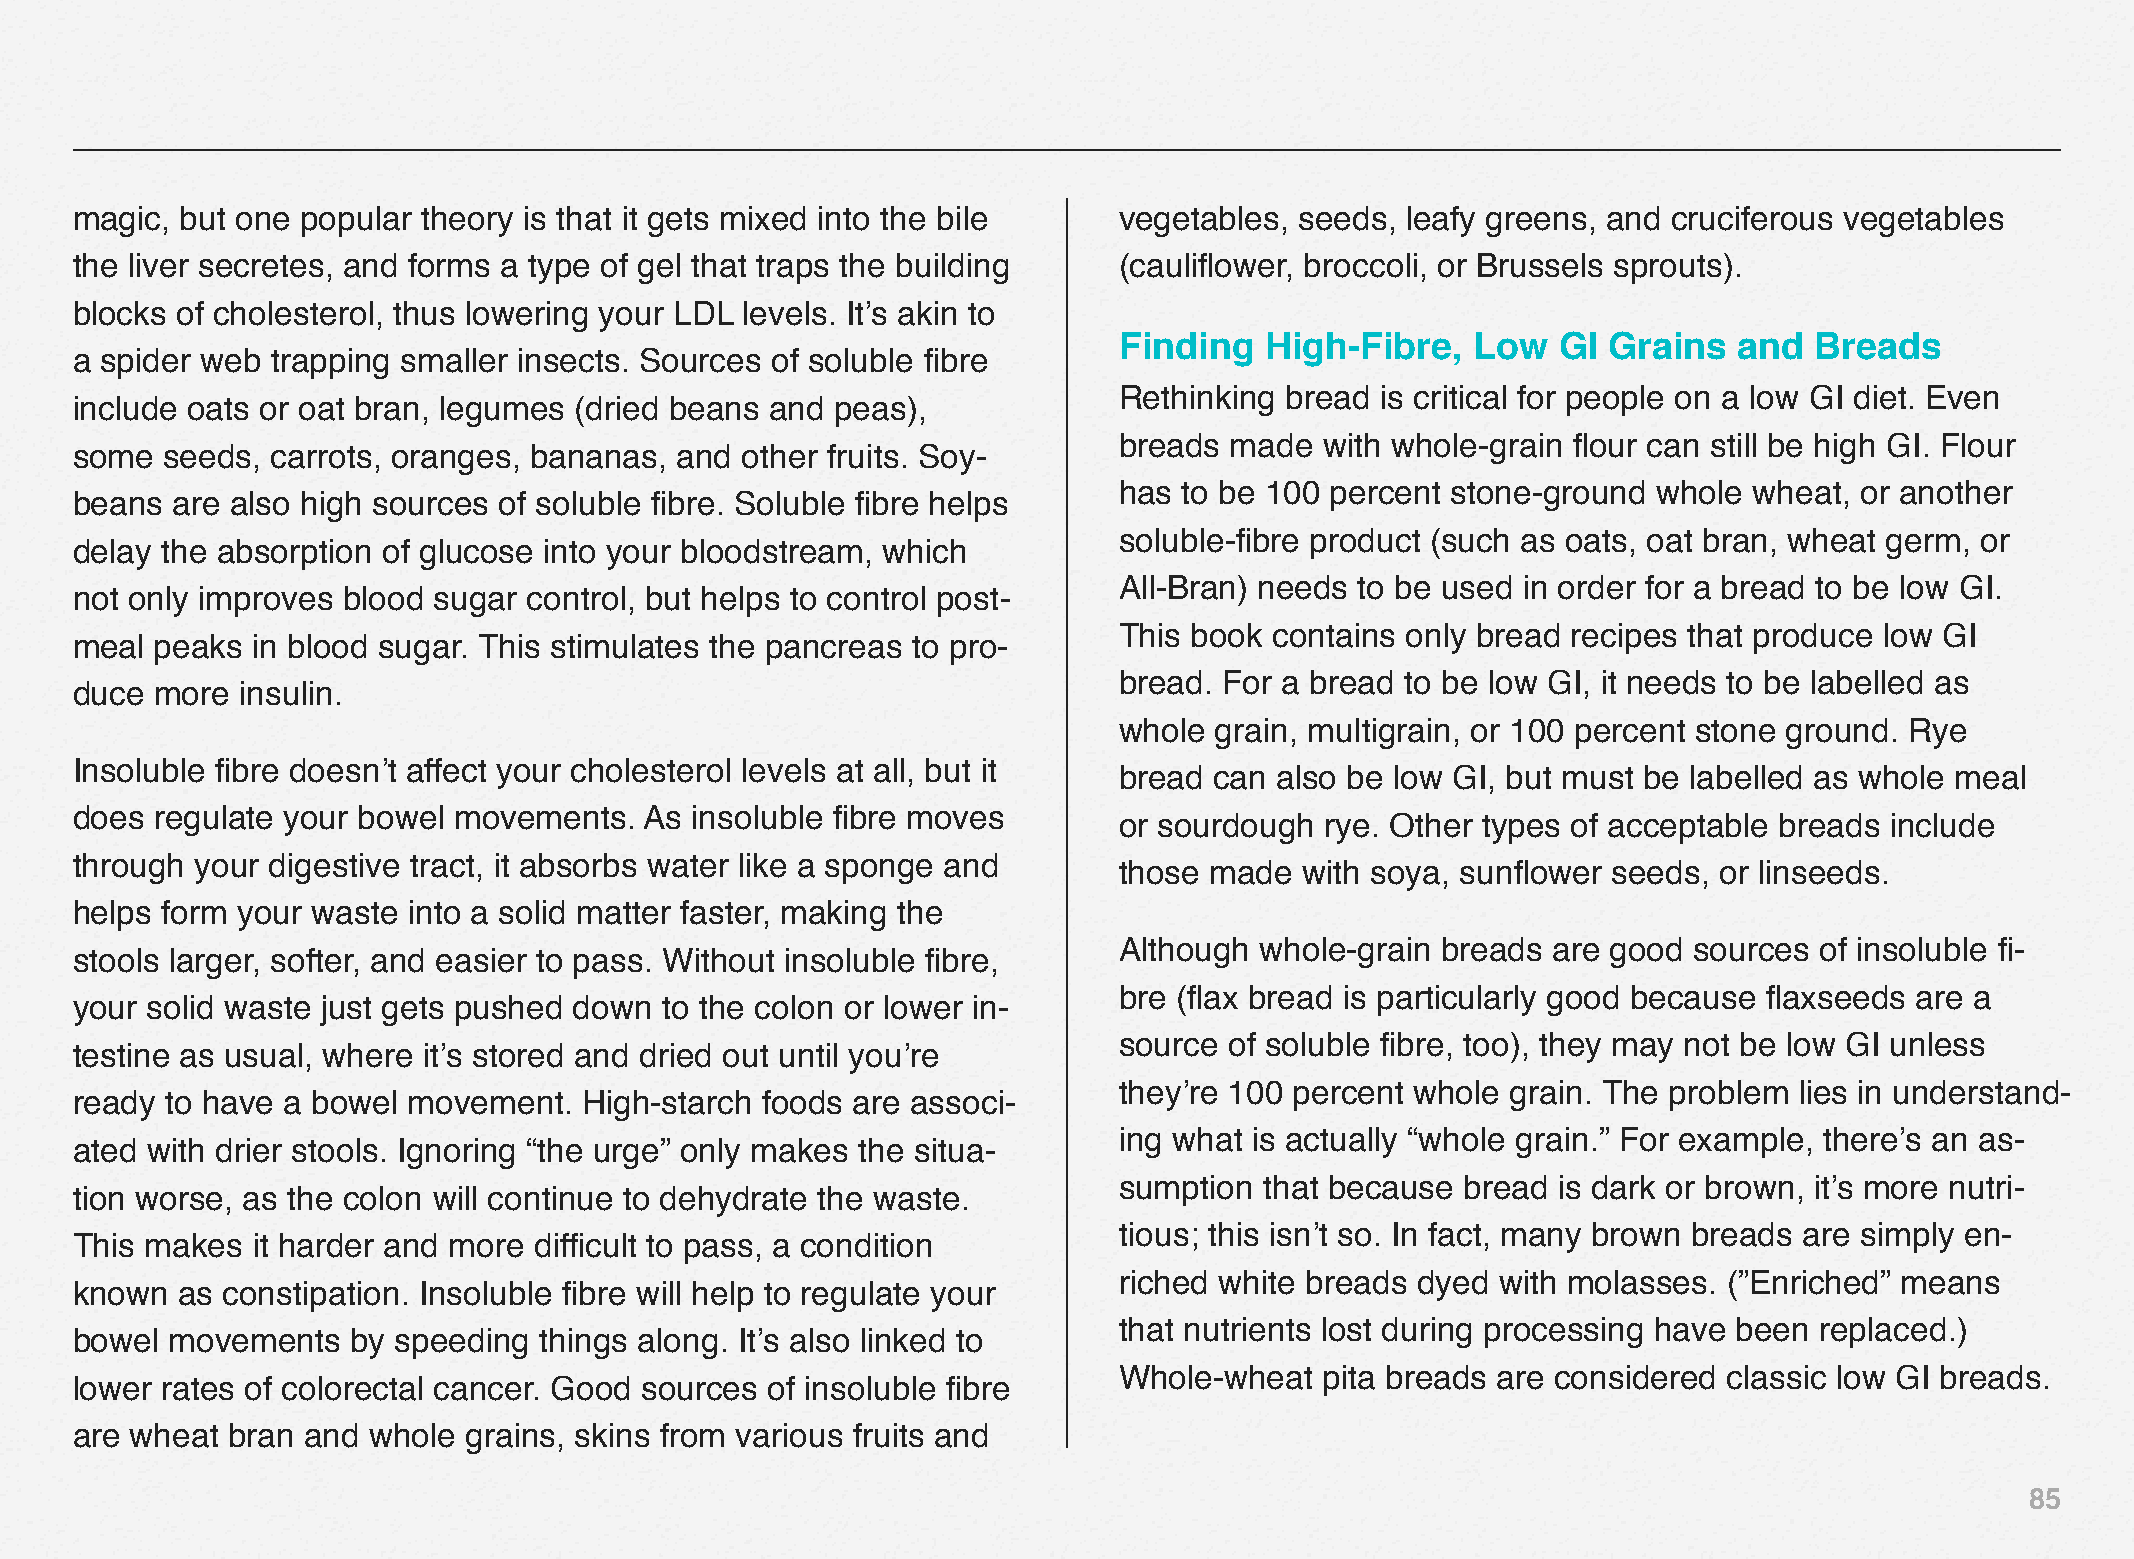
magic, but one popular theory is that it gets mixed into the bile    vegetables, seeds, leafy greens, and cruciferous vegetables
 the liver secretes, and forms a type of gel that traps the building  (cauliflower, broccoli, or Brussels sprouts).
 blocks of cholesterol, thus lowering your LDL levels. It’s akin to
 Finding   High-Fibre,   Low  GI Grains   and  Breads
 a spider web trapping smaller insects. Sources of soluble fibre
 Rethinking bread is critical for people on a low GI diet. Even
 include oats or oat bran, legumes (dried beans and peas),
 breads made   with whole-grain flour can still be high GI. Flour
 some  seeds, carrots, oranges, bananas, and other fruits. Soy-
 has to be 100 percent stone-ground  whole wheat, or another
 beans are also high sources of soluble fibre. Soluble fibre helps
 soluble-fibre product (such as oats, oat bran, wheat germ, or
 delay the absorption of glucose into your bloodstream, which
 All-Bran) needs to be used in order for a bread to be low GI.
 not only improves blood sugar control, but helps to control post-
 This book contains only bread recipes that produce low GI
 meal peaks  in blood sugar. This stimulates the pancreas to pro-
 bread. For a bread to be low GI, it needs to be labelled as
 duce more  insulin.
 whole grain, multigrain, or 100 percent stone ground. Rye
 Insoluble fibre doesn’t affect your cholesterol levels at all, but it
 bread can also be low GI, but must be labelled as whole meal
 does regulate your bowel movements.   As insoluble fibre moves
 or sourdough  rye. Other types of acceptable breads include
 through your digestive tract, it absorbs water like a sponge and
 those made  with soya, sunflower seeds, or linseeds.
 helps form your waste into a solid matter faster, making the
 Although whole-grain breads  are good sources of insoluble fi-
 stools larger, softer, and easier to pass. Without insoluble fibre,
 bre (flax bread is particularly good because flaxseeds are a
 your solid waste just gets pushed down to the colon or lower in-
 source of soluble fibre, too), they may not be low GI unless
 testine as usual, where it’s stored and dried out until you’re
 they’re 100 percent whole grain. The problem lies in understand-
 ready to have a bowel movement.   High-starch foods are associ-
 ing what is actually “whole grain.” For example, there’s an as-
 ated with drier stools. Ignoring “the urge” only makes the situa-
 sumption  that because bread is dark or brown, it’s more nutri-
 tion worse, as the colon will continue to dehydrate the waste.
 tious; this isn’t so. In fact, many brown breads are simply en-
 This makes  it harder and more difficult to pass, a condition
 riched white breads dyed with molasses. (”Enriched” means
 known  as constipation. Insoluble fibre will help to regulate your
 that nutrients lost during processing have been replaced.)
 bowel movements   by speeding  things along. It’s also linked to
 Whole-wheat   pita breads are considered classic low GI breads.
 lower rates of colorectal cancer. Good sources of insoluble fibre
 are wheat bran and whole  grains, skins from various fruits and
 85